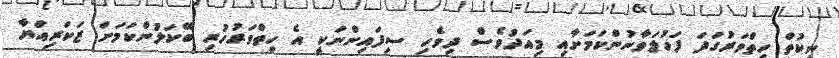
ނިކުތް ހިތްވަރުގަދަ ފަހުލަވާނުންކަމަށާއި މިއަދުވެސް ދިވެހި ސިފައިންނަކީ އެ ހިތްވަރުހުރި ބޭކަލުންކަމަށް ޒަކަރިއްޔާ